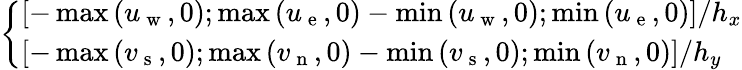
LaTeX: \left\{ \begin{array}{ll}{\left[-\operatorname*{max}\left(u_{\mathrm{~w~}},0\right);\operatorname*{max}\left(u_{\mathrm{~e~}},0\right)-\operatorname*{min}\left(u_{\mathrm{~w~}},0\right);\operatorname*{min}\left(u_{\mathrm{~e~}},0\right)\right]/h_{x}}\\ {\left[-\operatorname*{max}\left(v_{\mathrm{~s~}},0\right);\operatorname*{max}\left(v_{\mathrm{~n~}},0\right)-\operatorname*{min}\left(v_{\mathrm{~s~}},0\right);\operatorname*{min}\left(v_{\mathrm{~n~}},0\right)\right]/h_{y}}\end{array}\right.